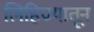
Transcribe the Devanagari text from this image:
लिहिण्यातून